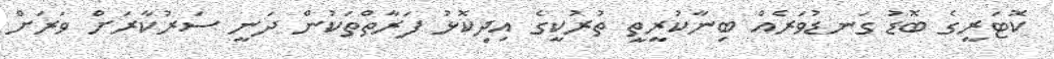
ކޮޓަރީގެ ބޮޑު ގަނޑުވަރެއް ބިނާކުރީތީ ތުރުކީގެ އިދިކޮޅު ފަރާތްތަކުން ދަނީ ސަރުކާރަށް ވަރަށް